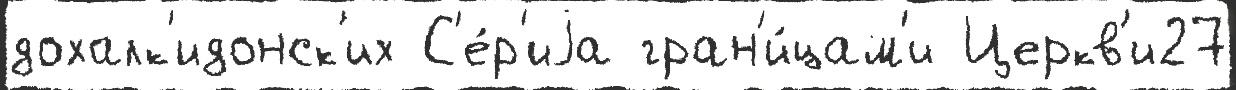
дохалк'идонск'их С'е́р'иjа гран'и́цам'и Церкв'и27